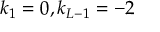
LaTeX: k _ { 1 } = 0 , k _ { L - 1 } = - 2